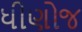
ધીણોજ